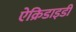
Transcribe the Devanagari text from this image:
ऐक्रिडाइडी